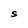
Character: S